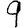
Digit: 9